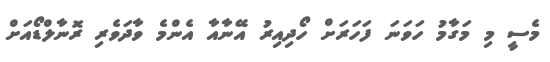
މެސީ މި މަގާމު ހަވަނަ ފަހަރަށް ހޯދިއިރު އޭނާއާ އެންމެ ވާދަވެރި ރޮނާލްޑޯއަށް